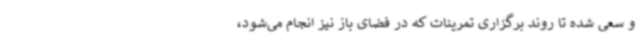
و سعی شده تا روند برگزاری تمرینات که در فضای باز نیز انجام می‌شود،